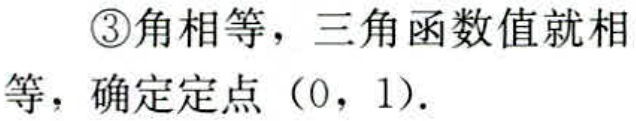
\textcircled{3}角相等，三角函数值就相等，确定定点（0，1）.